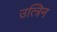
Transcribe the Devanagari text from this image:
उत्त्रिन